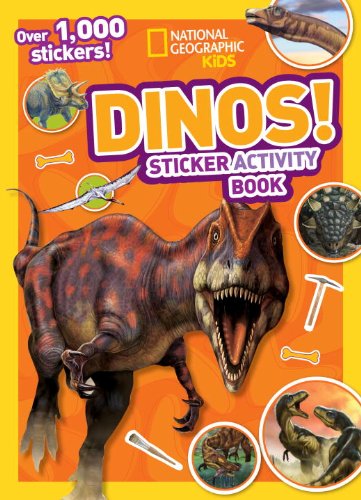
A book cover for National Geographic Kids Dinos Sticker Activity Book: Over 1,000 Stickers! (NG Sticker Activity Books); National Geographic Kids; Children's Books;